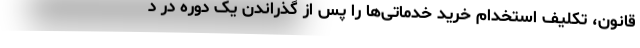
قانون، تکلیف استخدام خرید خدماتی‌ها را پس از گذراندن یک دوره در د